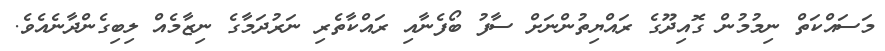
މަސައްކަތް ނިމުމުން ގޮއިދޫގެ ރައްޔިތުންނަށް ސާފު ބޯފެނާއި ރައްކާތެރި ނަރުދަމާގެ ނިޒާމެއް ލިބިގެންދާނެއެވެ.